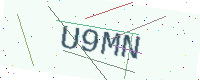
Text: U9MN